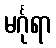
မင်္ဂုရာ